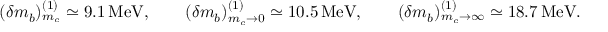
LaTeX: ( \delta m _ { b } ) _ { m _ { c } } ^ { ( 1 ) } \simeq 9 . 1 \, \mathrm { M e V } , \qquad ( \delta m _ { b } ) _ { m _ { c } \to 0 } ^ { ( 1 ) } \simeq 1 0 . 5 \, \mathrm { M e V } , \qquad ( \delta m _ { b } ) _ { m _ { c } \to \infty } ^ { ( 1 ) } \simeq 1 8 . 7 \, \mathrm { M e V } .